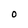
Character: O